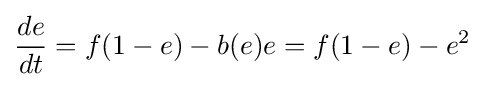
{\frac {de}{dt}}=f(1-e)-b(e)e=f(1-e)-e^{2}